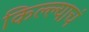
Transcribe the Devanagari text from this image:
किल्ल्याचं